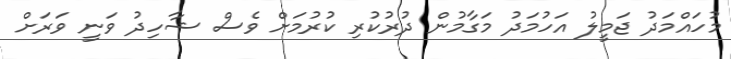
މުހައްމަދު ޖަމީލު އަހުމަދު މަގާމުން ދުރުކުރި ކުރުމަށް ވެސް ޝާހިދު ވަނީ ވަރަށް